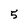
Character: 5